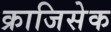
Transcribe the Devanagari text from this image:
क्राजिसेक